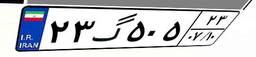
۸۴گ۹۲۵۹۱